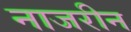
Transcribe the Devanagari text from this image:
नाजरीन